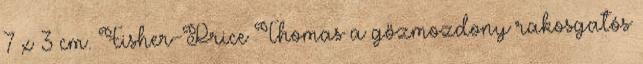
7 x 3 cm. Fisher-Price Thomas a gőzmozdony rakosgatós